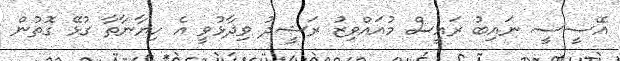
އޭސީސީ ނައިބު ރައީސް މުއައްވިޒު ރަޝީދު ވިދާޅުވީ އެ ހިޔާނާތާ ގުޅޭ ގޮތުން